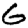
Digit: 6